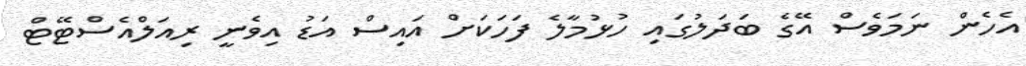
އެހެން ނަމަވެސް އޭގެ ބަދަލުގައި ހުޅުމާލެ ފަހަކަށް އައިސް އަޑު އިވެނީ ރިއަލްއެސްޓޭޓް